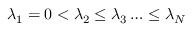
\lambda _ { 1 } = 0 < \lambda _ { 2 } \leq \lambda _ { 3 } \ldots \leq \lambda _ { N }